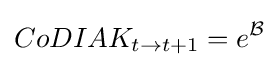
CoDIAK_{t\to t+1}=e^{\mathcal {B}}